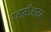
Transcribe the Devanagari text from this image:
एससीआरए